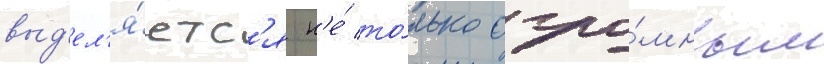
выд'ел'я́етс'я н'е́ то́лько огро́мным